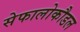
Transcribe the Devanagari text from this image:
सेफालोकौडल